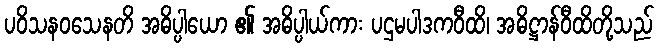
ပဝိသနဝသေနတိ အဓိပ္ပါယော ၏ အဓိပ္ပါယ်ကား ပဌမပါဒကဝီထိ၊ အဓိဋ္ဌာန်ဝီထိတို့သည်